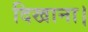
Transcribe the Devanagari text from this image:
दिखाना।